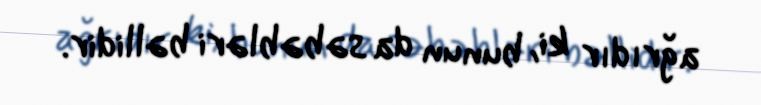
ağrıdır ki, bunun da səbəbləri bəllidir.